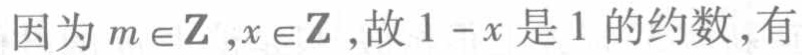
因为$m\in\mathbb{Z},x\in\mathbb{Z}$,故$1 - x$是$1$的约数,有